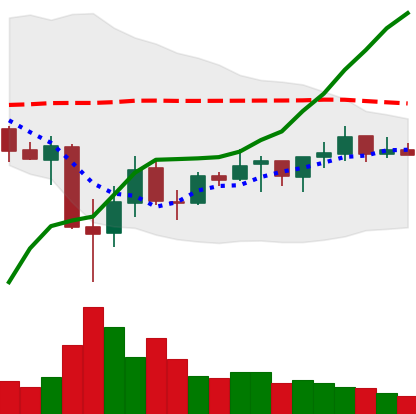
Ticker: ADA-USD
Chart end date: 2021-07-07
Forward return: -6.273%
Label: down_5_7